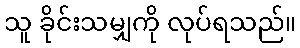
သူ ခိုင်းသမျှကို လုပ်ရသည်။